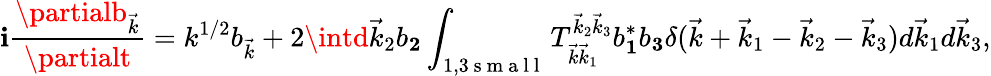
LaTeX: \mathbf{i}\frac{{\partialb_{\vec{{k}}}}}{{\partialt}}=k^{1/2}b_{\vec{{k}}}+2\intd\vec{{k}}_{2}b_{\mathbf{2}}\int_{1,3\mathrm{{~s~m~a~l~l~}}}T_{\vec{{k}}\vec{{k}}_{1}}^{\vec{{k}}_{2}\vec{{k}}_{3}}b_{\mathbf{1}}^{*}b_{\mathbf{3}}\delta(\vec{{k}}+\vec{{k}}_{1}-\vec{{k}}_{2}-\vec{{k}}_{3})d\vec{{k}}_{1}d\vec{{k}}_{3},